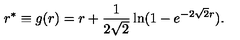
r ^ { * } \equiv g ( r ) = r + { \frac { 1 } { 2 \sqrt 2 } } \ln ( 1 - e ^ { - 2 \sqrt 2 r } ) .